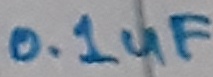
Text: 0.1uF